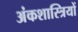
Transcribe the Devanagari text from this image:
अंकशास्त्रियों